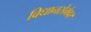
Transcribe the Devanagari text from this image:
विधानसेभेवर